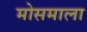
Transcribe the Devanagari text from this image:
मोसमाला